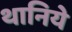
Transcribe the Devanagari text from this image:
थानिये